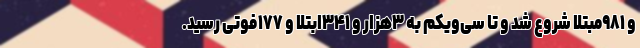
و ۹۸۱مبتلا شروع شد و تا سی‌ویکم به ۳هزار و ۳۴۱ابتلا و ۱۷۷فوتی رسید.